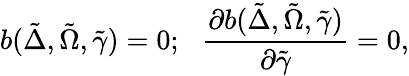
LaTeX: b(\tilde{\Delta},\tilde{\Omega},\tilde{\gamma})=0;\, \, \, \, \frac{\partial b(\tilde{\Delta},\tilde{\Omega},\tilde{\gamma})}{\partial\tilde{\gamma}}=0,